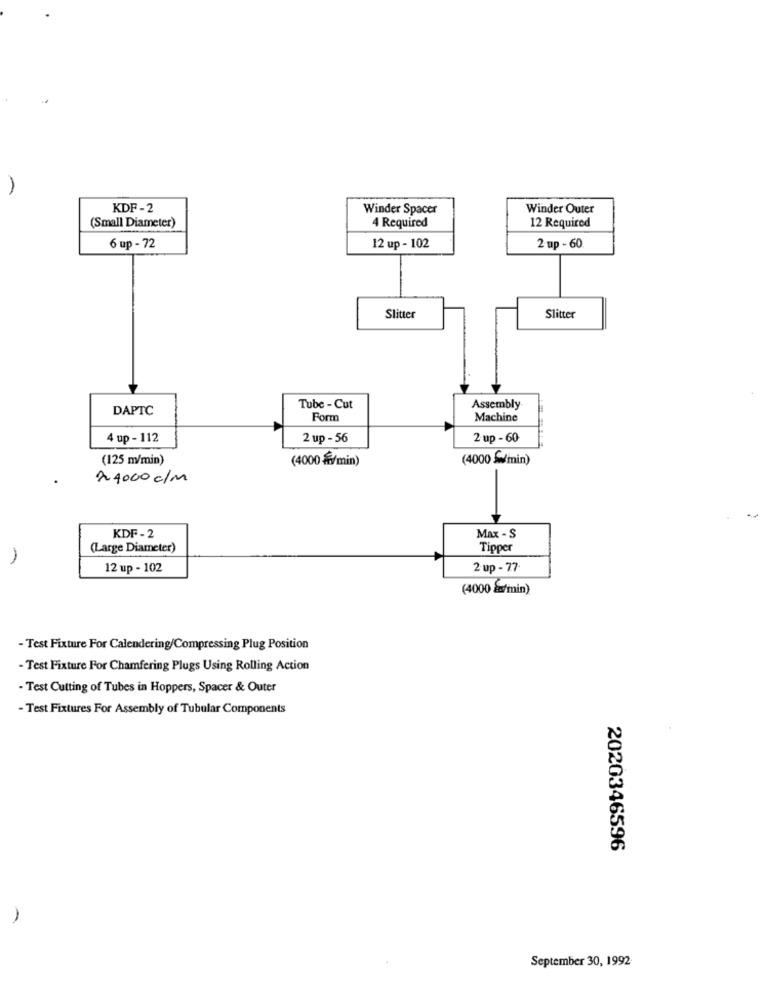
KDF -2
Winder Spacer
Winder Outer
(Small Diameter)
4 Required
12 Required
6 up - 72
12 up - 102
2 up - 60.
Slitter
Slitter
DAPTC
Tube - Cut
Assembly
Form
Machine
4 up - 112
2 up - 56
2 up - 60
(125 m/min)
(4000 $/min)
(4000 min)
24000 c/m
KDF - 2
Max - S
(Large Diameter)
Tipper
12 up - 102
2 up - 77.
(4000 g/min)
- Test Fixture For Calendering/Compressing Plug Position
- Test Fixture For Chamfering Plugs Using Rolling Action
-Test Cutting of Tubes in Hoppers, Spacer & Outer
- Test Fixtures For Assembly of Tubular Components
2020346596
September 30, 1992